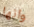
وانها